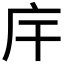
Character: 𢇛